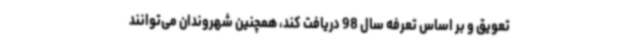
تعویق و بر اساس تعرفه سال 98 دریافت کند، همچنین شهروندان می‌توانند